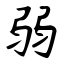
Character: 弱